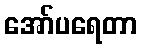
အော်ပရေတာ